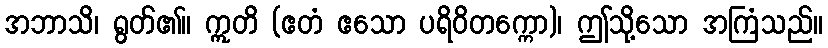
အဘာသိ၊ ရွတ်၏။ ဣတိ (ဧတံ ဧသော ပရိဝိတက္ကော)၊ ဤသို့သော အကြံသည်။